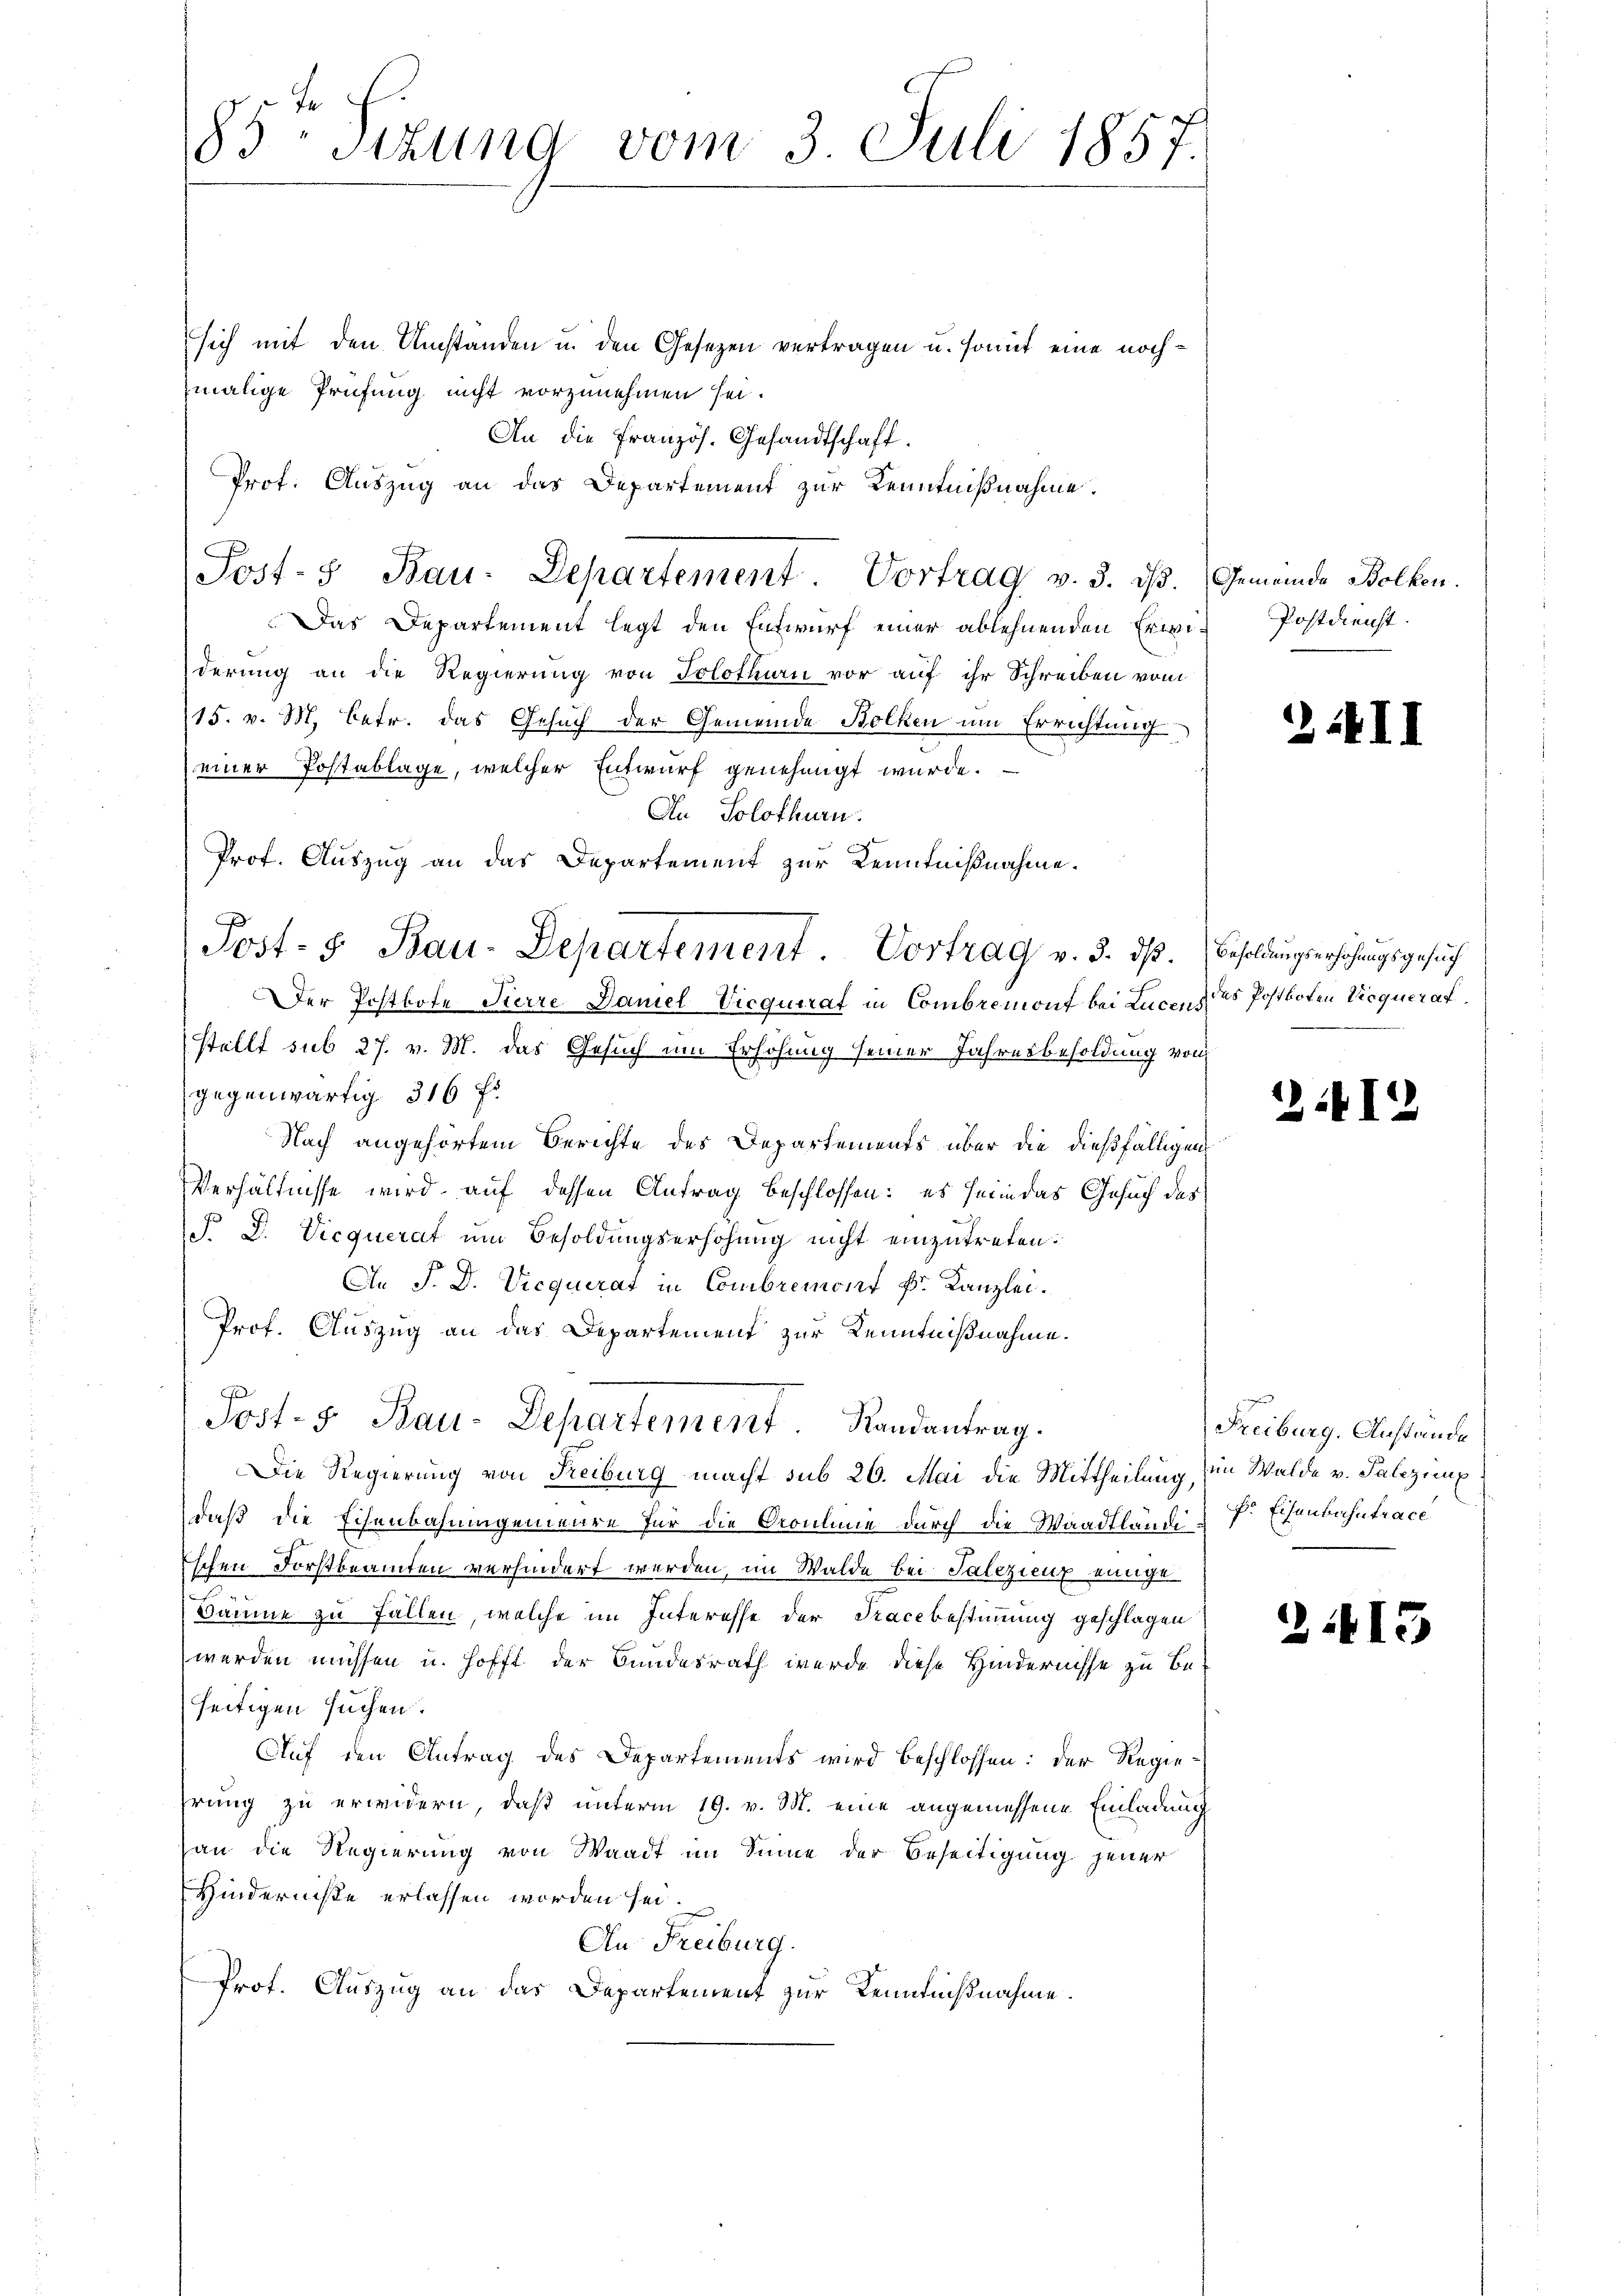
85. Sitzung vom 3 Juli 1857.

sich mit den Umständen u. den Gesezen vertragen u. somit eine nochmalige Prüfung nicht vorzunehmen sei.
An die Französ. Gesandtschaft.
Prot. Auszug an das Departement zur Kenntnißnahme.
Das Departement legt den Entwurf einer ablehnenden Erwie Postdienst.
derung an die Regierung von Solothurn vor auf ihr Schreiben vom
15. v. M. betr. das Gesuch der Gemeinde Bolken um Errichtung
einer Postablage, welcher Entwurf genehmigt wurde.
An Solothurn.
Prof. Auszug an das Departement zur Kenntnißnahme.
Der Postbote Sterre Damel-Vicquirat in Combremont bei Lucenz des Postboten Vicquerat
(stellt sub 27. v. M. das Gesuch um Erhöhung seiner Jahresbesoldung von
gegenwärtig 316 f.
Nach angehörtem Berichte des Departements über die dießfälligen
Verhältnisse wird auf dessen Antrag beschlossen: es sein das Gesuch des
S. D. Vicquerat um Besoldungserhöhung nicht einzutreten.
An P. D. Vicquerat in Combremont k. Kanzlei.
Prof. Auszug an das Departement zur Kenntnißnahme.
F
Jost- u Bau-Departement. Randantrag.
Die Regierung von Reiburg macht sub 26. Mai die Mittheilung, im Walde v. Salezing
daß die Eisenbahningenieure für die Croulinie durch die Waadtländeschen Forstbeamten verhindert werden, im Walde bei Salezienz einige
.
Bäume zu Fällen, welche im Interesse der Trace bestimmung geschlagen
werden müssen u. hofft der Bundesrath werde diese Hindernisse zu be-
seitigen suchen.
Auf den Antrag des Departements wird beschlossen: der Regiehrung zu erwidern, daß unterm 19. v. M. eine angemessene Einladung
an die Regierung von Waadt im Sinne der Beseitigung jener
Hinderniste erlassen worden sei.
An Freiburg.
Prot. Auszug an das Departement zur Kenmußnahme.

Post- u Bau-Departement Vortrag v. 3. dβ. Gemeinde Bolkon.

Post- & Bau-Departement. Vortrag v. 5. dß. Besoldungserhöhungsgesuch

2.III

2:112

Freiburg, Anstande
F. Eisenbahntrace

21413